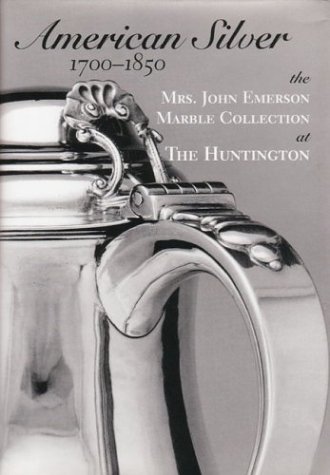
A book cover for American Silver 1700-1850; Hope Judkins Spencer; Crafts, Hobbies & Home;